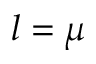
l = \mu